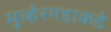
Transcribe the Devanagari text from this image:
मुल्हेरगडाकडे